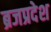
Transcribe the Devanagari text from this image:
ब्रजप्रदेश